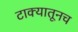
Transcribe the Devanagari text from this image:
टाक्यातूनच